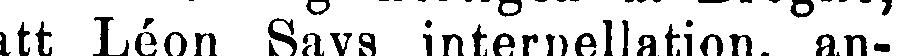
att Léon Says interpellation, an-